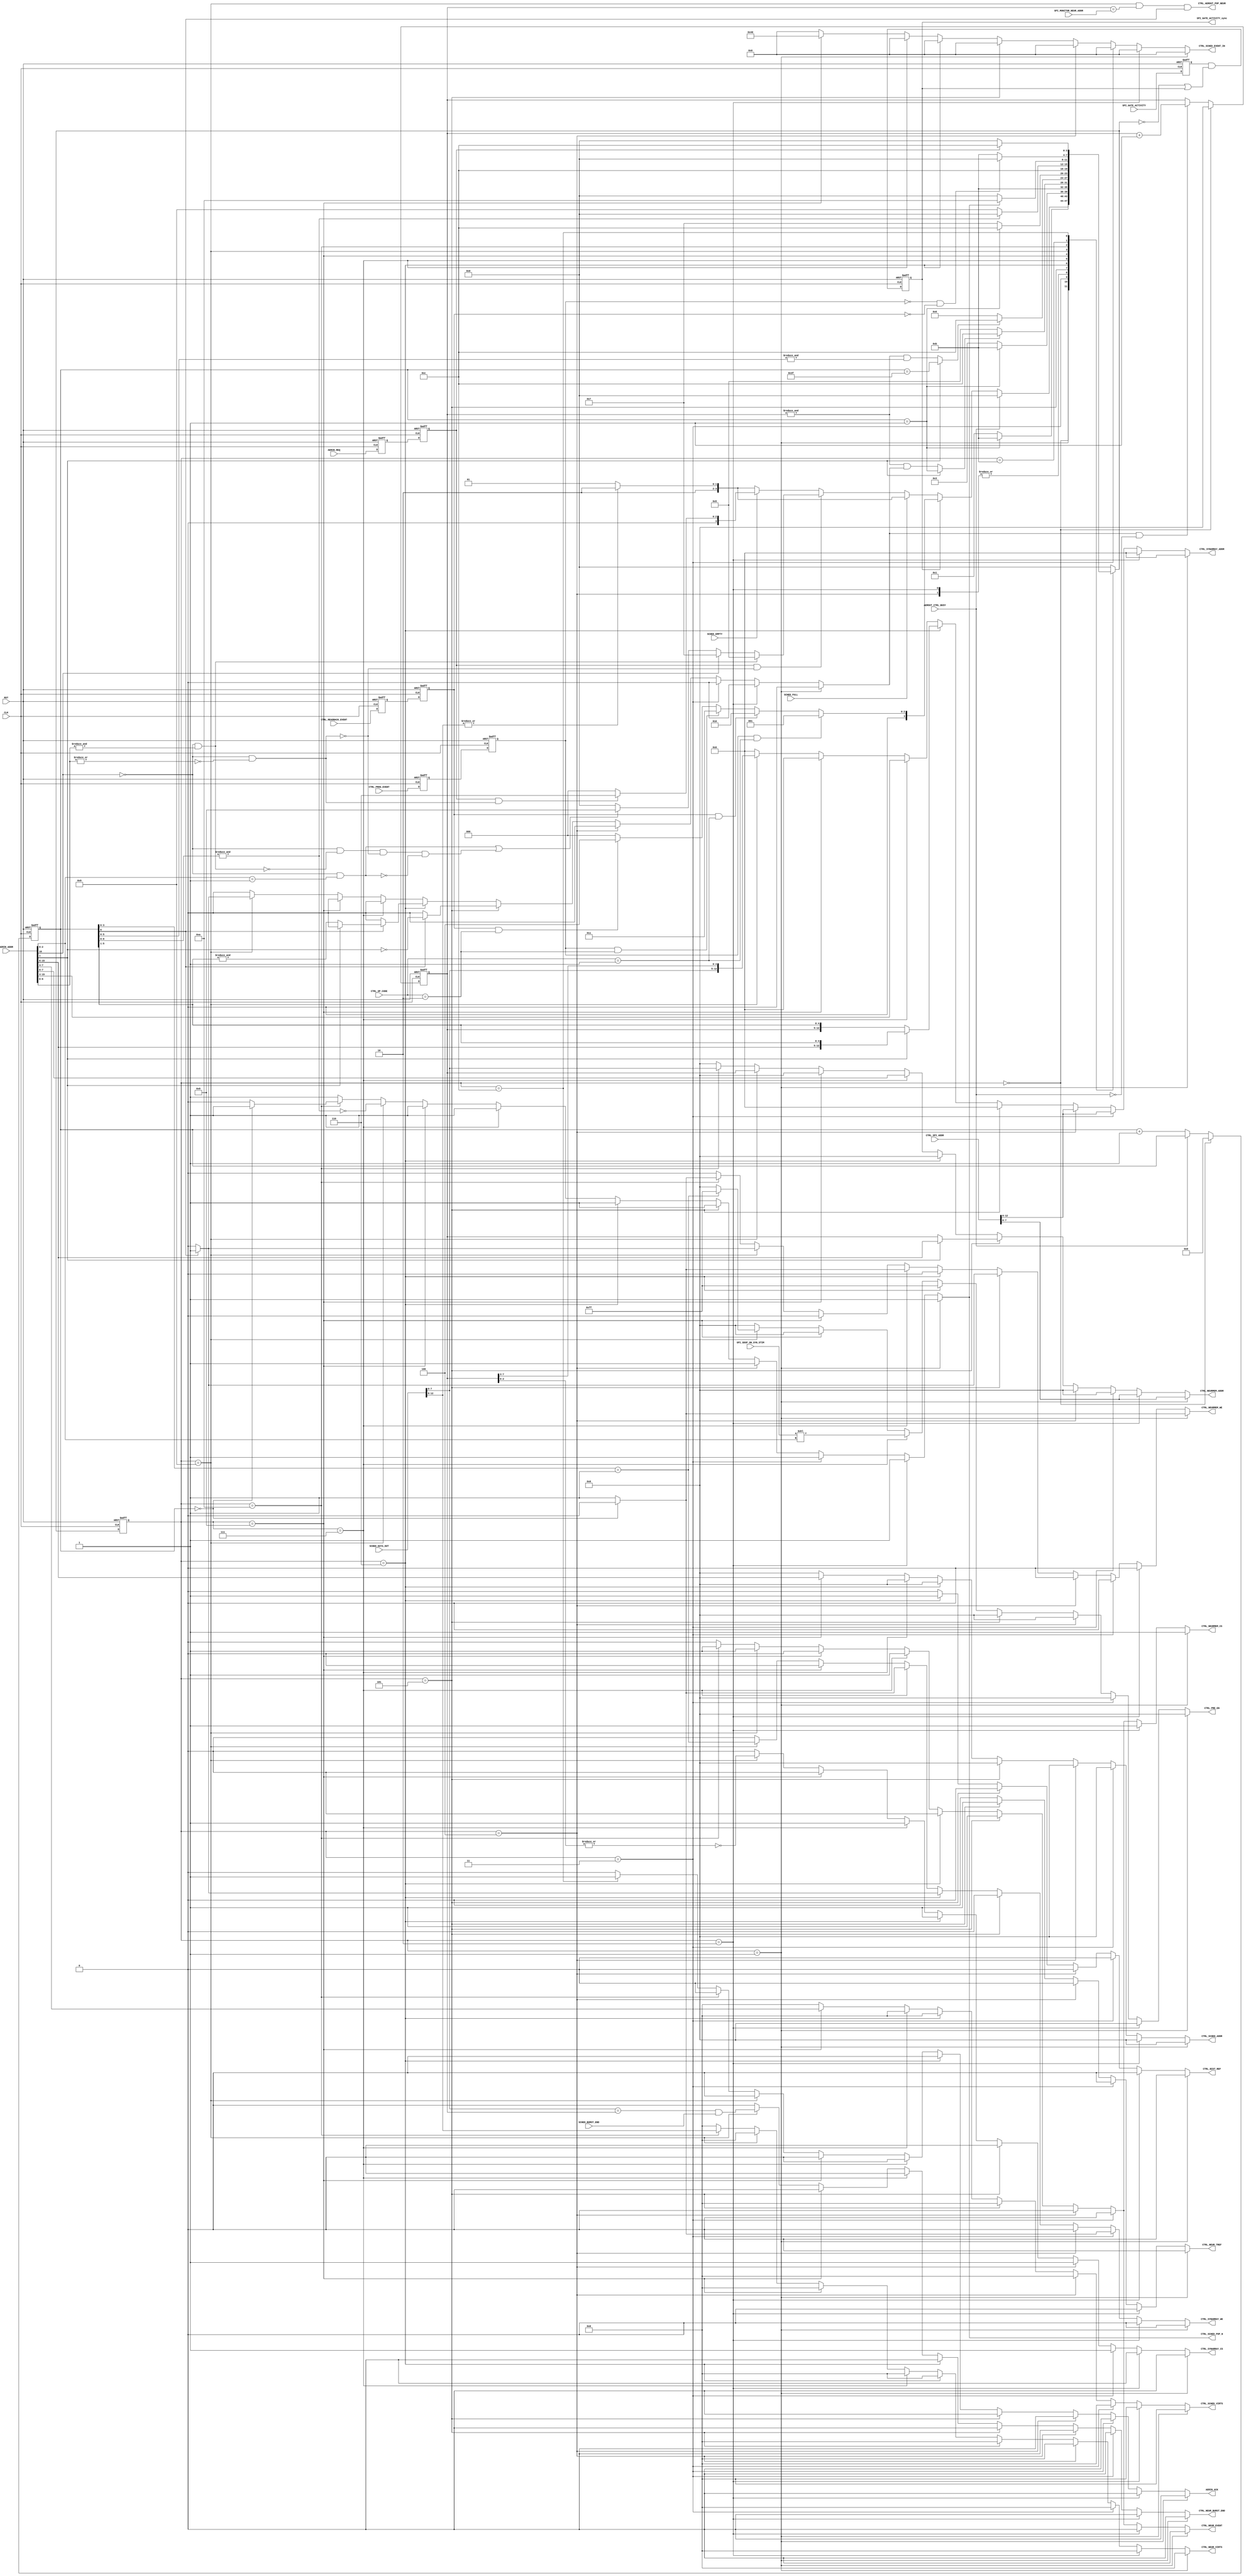
// Copyright (C) 2016-2019 Universit catholique de Louvain (UCLouvain), Belgium.
// Copyright and related rights are licensed under the Solderpad Hardware
// License, Version 2.0 (the "License"); you may not use this file except in
// compliance with the License.  You may obtain a copy of the License at
// http://solderpad.org/licenses/SHL-2.0/. The software, hardware and materials
// distributed under this License are provided in the hope that it will be useful
// on an as is basis, without warranties or conditions of any kind, either
// expressed or implied; without even the implied warranty of merchantability or
// fitness for a particular purpose. See the Solderpad Hardware License for more
// detailed permissions and limitations.
//------------------------------------------------------------------------------
//
// "controller.v" - ODIN controller module
// 
// Project: ODIN - An online-learning digital spiking neuromorphic processor
//
//
// Cite/paper: C. Frenkel, M. Lefebvre, J.-D. Legat and D. Bol, "A 0.086-mm 12.7-pJ/SOP 64k-Synapse 256-Neuron Online-Learning
//             Digital Spiking Neuromorphic Processor in 28-nm CMOS," IEEE Transactions on Biomedical Circuits and Systems,
//             vol. 13, no. 1, pp. 145-158, 2019.
//
//------------------------------------------------------------------------------


module controller #(
    parameter N = 256,
    parameter M = 8
)(    

    // Global inputs ------------------------------------------
    input  wire           CLK,
    input  wire           RST,
    
    // Inputs from AER ----------------------------------------
    input  wire   [2*M:0] AERIN_ADDR,
    input  wire           AERIN_REQ,
    output reg            AERIN_ACK,
    
    // Control interface for readback -------------------------
    input  wire           CTRL_READBACK_EVENT,
    input  wire           CTRL_PROG_EVENT,
    input  wire [2*M-1:0] CTRL_SPI_ADDR,
    input  wire     [1:0] CTRL_OP_CODE,
    
    // Inputs from SPI configuration registers ----------------
    input  wire           SPI_GATE_ACTIVITY, 
    output reg            SPI_GATE_ACTIVITY_sync,
    input  wire [  M-1:0] SPI_MONITOR_NEUR_ADDR,
	input  wire           SPI_SDSP_ON_SYN_STIM,
    
    // Inputs from scheduler ----------------------------------
    input  wire           SCHED_EMPTY,
    input  wire           SCHED_FULL,
    input  wire           SCHED_BURST_END,
    input  wire    [12:0] SCHED_DATA_OUT,
    
    // Input from AER output ----------------------------------
    input  wire           AEROUT_CTRL_BUSY,
    
    // Outputs to synaptic core -------------------------------
    output reg    [  7:0] CTRL_PRE_EN,
    output reg            CTRL_BIST_REF,
    output reg            CTRL_SYNARRAY_WE,
    output reg            CTRL_NEURMEM_WE,
    output reg    [ 12:0] CTRL_SYNARRAY_ADDR, 
    output reg    [M-1:0] CTRL_NEURMEM_ADDR,
    output reg            CTRL_SYNARRAY_CS,
    output reg            CTRL_NEURMEM_CS,
    
    // Outputs to neurons -------------------------------------
    output reg            CTRL_NEUR_EVENT, 
    output reg            CTRL_NEUR_TREF,
    output reg      [4:0] CTRL_NEUR_VIRTS,
    output reg            CTRL_NEUR_BURST_END,
    
    // Outputs to scheduler -----------------------------------
    output reg            CTRL_SCHED_POP_N,
    output reg    [M-1:0] CTRL_SCHED_ADDR,
    output reg    [  6:0] CTRL_SCHED_EVENT_IN,
    output reg    [  4:0] CTRL_SCHED_VIRTS,
    
    // Output to AER output -----------------------------------
    output wire           CTRL_AEROUT_POP_NEUR
);
    
	//----------------------------------------------------------------------------------
	//	PARAMETERS 
	//----------------------------------------------------------------------------------

	// FSM states 
	localparam WAIT       = 4'd0; 
    localparam W_NEUR     = 4'd1;
    localparam R_NEUR     = 4'd2;
    localparam W_SYN      = 4'd3;
    localparam R_SYN      = 4'd4;
	localparam TREF       = 4'd5;
	localparam BIST       = 4'd6;
    localparam SYNAPSE    = 4'd7;
    localparam PUSH       = 4'd8;
	localparam POP_NEUR   = 4'd9;
    localparam POP_VIRT   = 4'd10;
    localparam WAIT_SPIDN = 4'd11;
    localparam WAIT_REQDN = 4'd12;

	//----------------------------------------------------------------------------------
	//	REGS & WIRES
	//----------------------------------------------------------------------------------
    
    reg          AERIN_REQ_sync_int, AERIN_REQ_sync;
    reg          SPI_GATE_ACTIVITY_sync_int;
    reg          CTRL_READBACK_EVENT_sync_int, CTRL_READBACK_EVENT_sync;
    reg          CTRL_PROG_EVENT_sync_int, CTRL_PROG_EVENT_sync;

    wire         synapse_event, tref_event, bist_event, virt_event, neuron_event;
    
    reg  [ 31:0] ctrl_cnt;
    reg  [  7:0] neur_cnt;
    reg          neur_cnt_inc;
    
    reg  [  3:0] state, nextstate;
    
	//----------------------------------------------------------------------------------
	//	EVENT TYPE DECODING
	//----------------------------------------------------------------------------------

    assign synapse_event  =                     AERIN_ADDR[2*M];
    assign tref_event     = !synapse_event &&  &AERIN_ADDR[M-2:0];
    assign bist_event     = !synapse_event && ~|AERIN_ADDR[M-2:0];
    assign virt_event     = !synapse_event &&  (AERIN_ADDR[2:0] == 3'b001);
    assign neuron_event   = !synapse_event && !tref_event && !bist_event && !virt_event;

	//----------------------------------------------------------------------------------
	//	SYNC BARRIERS FROM AER AND FROM SPI
	//----------------------------------------------------------------------------------
    
   always @(posedge CLK, posedge RST) begin
		if(RST) begin
			AERIN_REQ_sync_int           <= 1'b0;
			AERIN_REQ_sync	             <= 1'b0;
            SPI_GATE_ACTIVITY_sync_int   <= 1'b0;
            SPI_GATE_ACTIVITY_sync       <= 1'b0;
            CTRL_READBACK_EVENT_sync_int <= 1'b0;
            CTRL_READBACK_EVENT_sync     <= 1'b0;
            CTRL_PROG_EVENT_sync_int     <= 1'b0;
            CTRL_PROG_EVENT_sync         <= 1'b0;
		end
		else begin
			AERIN_REQ_sync_int           <= AERIN_REQ;
			AERIN_REQ_sync	             <= AERIN_REQ_sync_int;
            SPI_GATE_ACTIVITY_sync_int   <= SPI_GATE_ACTIVITY;
            SPI_GATE_ACTIVITY_sync       <= SPI_GATE_ACTIVITY_sync_int & ((nextstate == WAIT) | SPI_GATE_ACTIVITY_sync);
            CTRL_READBACK_EVENT_sync_int <= CTRL_READBACK_EVENT;
            CTRL_READBACK_EVENT_sync     <= CTRL_READBACK_EVENT_sync_int;
            CTRL_PROG_EVENT_sync_int     <= CTRL_PROG_EVENT;
            CTRL_PROG_EVENT_sync         <= CTRL_PROG_EVENT_sync_int;
		end
	end
    
	//----------------------------------------------------------------------------------
	//	CONTROL FSM
	//----------------------------------------------------------------------------------
    
    // State register
	always @(posedge CLK, posedge RST)
	begin
		if   (RST) state <= WAIT;
		else       state <= nextstate;
	end
    
	// Next state logic
	always @(*)
		case(state)
			WAIT 		:	if      (AEROUT_CTRL_BUSY)                                                          nextstate = WAIT;
                            else if (SPI_GATE_ACTIVITY_sync)
                                if      (CTRL_PROG_EVENT_sync     && (CTRL_OP_CODE == 2'b01))                   nextstate = W_NEUR;
                                else if (CTRL_READBACK_EVENT_sync && (CTRL_OP_CODE == 2'b01))                   nextstate = R_NEUR;
                                else if (CTRL_PROG_EVENT_sync     && (CTRL_OP_CODE == 2'b10))                   nextstate = W_SYN;
                                else if (CTRL_READBACK_EVENT_sync && (CTRL_OP_CODE == 2'b10))                   nextstate = R_SYN;
                                else                                                                            nextstate = WAIT;
                            else
                                if (SCHED_FULL)
                                    if      (|SCHED_DATA_OUT[12:8])                                             nextstate = POP_VIRT;
                                    else                                                                        nextstate = POP_NEUR;
                                else if (AERIN_REQ_sync && !bist_event)
                                    if      (tref_event)                                                        nextstate = TREF;
                                    else if (synapse_event)                                                     nextstate = SYNAPSE;
                                    else if (virt_event | neuron_event)                                         nextstate = PUSH;
                                    else                                                                        nextstate = WAIT;
                                else if (~SCHED_EMPTY)
                                    if      (|SCHED_DATA_OUT[12:8])                                             nextstate = POP_VIRT;
                                    else                                                                        nextstate = POP_NEUR;
                                else if (AERIN_REQ_sync && bist_event)                                          nextstate = BIST;
                                else                                                                            nextstate = WAIT;
			W_NEUR    	:   if      (ctrl_cnt == 32'd1 )                                                        nextstate = WAIT_SPIDN;
							else					                                                            nextstate = W_NEUR;
			R_NEUR    	:                                                                                       nextstate = WAIT_SPIDN;
			W_SYN    	:   if      (ctrl_cnt == 32'd1 )                                                        nextstate = WAIT_SPIDN;
							else					                                                            nextstate = W_SYN;
			R_SYN    	:                                                                                       nextstate = WAIT_SPIDN;
			TREF    	:   if      (AERIN_ADDR[M-1] ? (ctrl_cnt == 32'd1) : (&neur_cnt && neur_cnt_inc))       nextstate = WAIT_REQDN;
							else					                                                            nextstate = TREF;
            BIST        :   if      (AERIN_ADDR[M-1] ? (ctrl_cnt == 32'h3F) : (&neur_cnt && &ctrl_cnt[5:0]))    nextstate = WAIT_REQDN;
                            else					                                                            nextstate = BIST;
            SYNAPSE     :   if      (ctrl_cnt == 32'd1)                                                         nextstate = WAIT_REQDN;
                            else					                                                            nextstate = SYNAPSE;
            PUSH        :                                                                                       nextstate = WAIT_REQDN;
			POP_NEUR    :   if      (&ctrl_cnt[8:0])                                                            nextstate = WAIT;
							else					                                                            nextstate = POP_NEUR;                
			POP_VIRT    :   if      (~CTRL_SCHED_POP_N)                                                         nextstate = WAIT;
							else					                                                            nextstate = POP_VIRT;
			WAIT_SPIDN 	:   if      (~CTRL_PROG_EVENT_sync && ~CTRL_READBACK_EVENT_sync)                        nextstate = WAIT;
							else					                                                            nextstate = WAIT_SPIDN;
			WAIT_REQDN 	:   if      (~AERIN_REQ_sync)                                                           nextstate = WAIT;
							else					                                                            nextstate = WAIT_REQDN;
			default		:							                                                            nextstate = WAIT;
		endcase 
        
    // Control counter
	always @(posedge CLK, posedge RST)
		if      (RST)               ctrl_cnt <= 32'd0;
        else if (state == WAIT)     ctrl_cnt <= 32'd0;
		else if (!AEROUT_CTRL_BUSY) ctrl_cnt <= ctrl_cnt + 32'd1;
        else                        ctrl_cnt <= ctrl_cnt;
        
    // Time-multiplexed neuron counter
	always @(posedge CLK, posedge RST)
		if      (RST)                                neur_cnt <= 8'd0;
        else if (state == WAIT)                      neur_cnt <= 8'd0;
		else if (neur_cnt_inc && !AEROUT_CTRL_BUSY)  neur_cnt <= neur_cnt + 8'd1;
        else                                         neur_cnt <= neur_cnt;
        
    assign CTRL_AEROUT_POP_NEUR = (state == POP_NEUR) && (neur_cnt == SPI_MONITOR_NEUR_ADDR) && ctrl_cnt[0];
 
 
 
    // Output logic      
    always @(*) begin
    
        if (state == W_NEUR) begin 
            CTRL_SYNARRAY_ADDR  = 13'b0;
            CTRL_SYNARRAY_CS    = 1'b0;
            CTRL_SYNARRAY_WE    = 1'b0;
            CTRL_NEUR_VIRTS     = 5'b0;
            CTRL_NEUR_BURST_END = 1'b0;
            CTRL_NEUR_EVENT     = 1'b0;
            CTRL_NEUR_TREF      = 1'b0;
            CTRL_PRE_EN         = 8'b0;
            CTRL_BIST_REF       = 1'b0;
            CTRL_SCHED_VIRTS    = 5'b0;
            CTRL_SCHED_ADDR     = 8'b0;
            CTRL_SCHED_EVENT_IN = 7'b0;
            CTRL_SCHED_POP_N    = 1'b1;
            AERIN_ACK           = 1'b0;
            neur_cnt_inc        = 1'b0;  
            
            CTRL_NEURMEM_ADDR   = CTRL_SPI_ADDR[M-1:0];
            CTRL_NEURMEM_CS     = 1'b1;
            if (ctrl_cnt == 32'd0) begin
                CTRL_NEURMEM_WE = 1'b0;
            end else begin
                CTRL_NEURMEM_WE = 1'b1;
            end 
            
        end else if (state == R_NEUR) begin
            CTRL_SYNARRAY_ADDR  = 13'b0;
            CTRL_SYNARRAY_CS    = 1'b0;
            CTRL_SYNARRAY_WE    = 1'b0;
            CTRL_NEUR_VIRTS     = 5'b0;
            CTRL_NEUR_BURST_END = 1'b0;
            CTRL_NEUR_EVENT     = 1'b0;
            CTRL_NEUR_TREF      = 1'b0;
            CTRL_PRE_EN         = 8'b0;
            CTRL_BIST_REF       = 1'b0;
            CTRL_SCHED_VIRTS    = 5'b0;
            CTRL_SCHED_ADDR     = 8'b0;
            CTRL_SCHED_EVENT_IN = 7'b0;
            CTRL_SCHED_POP_N    = 1'b1;
            AERIN_ACK           = 1'b0;
            neur_cnt_inc        = 1'b0;  
            
            CTRL_NEURMEM_ADDR   = CTRL_SPI_ADDR[M-1:0];
            CTRL_NEURMEM_CS     = 1'b1;
            CTRL_NEURMEM_WE     = 1'b0; 
            
        end else if (state == W_SYN) begin
            CTRL_NEURMEM_ADDR   = 8'b0;
            CTRL_NEURMEM_CS     = 1'b0;
            CTRL_NEURMEM_WE     = 1'b0;
            CTRL_NEUR_VIRTS     = 5'b0;
            CTRL_NEUR_BURST_END = 1'b0;
            CTRL_NEUR_EVENT     = 1'b0;
            CTRL_NEUR_TREF      = 1'b0;
            CTRL_PRE_EN         = 8'b0;
            CTRL_BIST_REF       = 1'b0;
            CTRL_SCHED_VIRTS    = 5'b0;
            CTRL_SCHED_ADDR     = 8'b0;
            CTRL_SCHED_EVENT_IN = 7'b0;
            CTRL_SCHED_POP_N    = 1'b1;
            AERIN_ACK           = 1'b0;
            neur_cnt_inc        = 1'b0;  
            
            CTRL_SYNARRAY_ADDR  = CTRL_SPI_ADDR[12:0];
            CTRL_SYNARRAY_CS    = 1'b1;
            if (ctrl_cnt == 32'd0) begin
                CTRL_SYNARRAY_WE = 1'b0;
            end else begin
                CTRL_SYNARRAY_WE = 1'b1;
            end 
            
        end else if (state == R_SYN) begin  
            CTRL_NEURMEM_ADDR   = 8'b0;
            CTRL_NEURMEM_CS     = 1'b0;
            CTRL_NEURMEM_WE     = 1'b0;
            CTRL_NEUR_VIRTS     = 5'b0;
            CTRL_NEUR_BURST_END = 1'b0;
            CTRL_NEUR_EVENT     = 1'b0;
            CTRL_NEUR_TREF      = 1'b0;
            CTRL_PRE_EN         = 8'b0;
            CTRL_BIST_REF       = 1'b0;
            CTRL_SCHED_VIRTS    = 5'b0;
            CTRL_SCHED_ADDR     = 8'b0;
            CTRL_SCHED_EVENT_IN = 7'b0;
            CTRL_SCHED_POP_N    = 1'b1;
            AERIN_ACK           = 1'b0;
            neur_cnt_inc        = 1'b0;  
            
            CTRL_SYNARRAY_ADDR   = CTRL_SPI_ADDR[12:0];
            CTRL_SYNARRAY_CS     = 1'b1;
            CTRL_SYNARRAY_WE     = 1'b0;
            
        end else if (state == TREF) begin
            CTRL_SYNARRAY_ADDR  = 13'b0;
            CTRL_SYNARRAY_CS    = 1'b0;
            CTRL_SYNARRAY_WE    = 1'b0;
            CTRL_NEUR_VIRTS     = 5'b0;
            CTRL_NEUR_BURST_END = 1'b0;
            CTRL_PRE_EN         = 8'b0;
            CTRL_BIST_REF       = 1'b0;
            CTRL_SCHED_VIRTS    = 5'b0;
            CTRL_SCHED_ADDR     = 8'b0;
            CTRL_SCHED_EVENT_IN = 7'b0;
            CTRL_SCHED_POP_N    = 1'b1;
            AERIN_ACK           = 1'b0;
            
            CTRL_NEURMEM_ADDR   = AERIN_ADDR[M-1] ? AERIN_ADDR[2*M-1:M] : neur_cnt;
            CTRL_NEUR_EVENT     = 1'b1;
            CTRL_NEUR_TREF      = 1'b1;
            CTRL_NEURMEM_CS     = 1'b1;
            if (ctrl_cnt[0] == 1'd0) begin
                CTRL_NEURMEM_WE = 1'b0;
                neur_cnt_inc    = 1'b0;
            end else begin
                CTRL_NEURMEM_WE = 1'b1;
                neur_cnt_inc    = ~AERIN_ADDR[M-1];
            end
            
        end else if (state == BIST) begin
            CTRL_NEURMEM_ADDR   = 8'b0;
            CTRL_NEURMEM_CS     = 1'b0;
            CTRL_NEURMEM_WE     = 1'b0;
            CTRL_NEUR_VIRTS     = 5'b0;
            CTRL_NEUR_BURST_END = 1'b0;
            CTRL_NEUR_EVENT     = 1'b0;
            CTRL_NEUR_TREF      = 1'b0;
            CTRL_SCHED_VIRTS    = 5'b0;
            CTRL_SCHED_ADDR     = 8'b0;
            CTRL_SCHED_EVENT_IN = 7'b0;
            CTRL_SCHED_POP_N    = 1'b1;
            AERIN_ACK           = 1'b0;
            
            CTRL_SYNARRAY_ADDR  = AERIN_ADDR[M-1] ? {AERIN_ADDR[2*M-1:M],ctrl_cnt[5:1]} : {neur_cnt,ctrl_cnt[5:1]};
            CTRL_PRE_EN         = 8'hFF;
            CTRL_BIST_REF       = 1'b1;
            CTRL_SYNARRAY_CS    = 1'b1;
            if (ctrl_cnt[0] == 1'd0) begin
                CTRL_SYNARRAY_WE = 1'b0;
                neur_cnt_inc     = 1'b0;
            end else begin
                CTRL_SYNARRAY_WE = 1'b1;
                neur_cnt_inc     = AERIN_ADDR[M-1] ? 1'b0 : &ctrl_cnt[5:1];
            end 
            
        end else if (state == SYNAPSE) begin 
            CTRL_NEUR_VIRTS     = 5'b0;
            CTRL_NEUR_BURST_END = 1'b0;
            CTRL_NEUR_TREF      = 1'b0;
            CTRL_BIST_REF       = 1'b0;
            CTRL_SCHED_VIRTS    = 5'b0;
            CTRL_SCHED_ADDR     = 8'b0;
            CTRL_SCHED_EVENT_IN = 7'b0;
            CTRL_SCHED_POP_N    = 1'b1;
            AERIN_ACK           = 1'b0;
            neur_cnt_inc        = 1'b0;
            
            CTRL_SYNARRAY_ADDR  = AERIN_ADDR[2*M-1:3];
            CTRL_NEURMEM_ADDR   = AERIN_ADDR[M-1:0];
            CTRL_PRE_EN         = {7'b0, SPI_SDSP_ON_SYN_STIM} << AERIN_ADDR[2:0];
            CTRL_NEUR_EVENT     = 1'b1;
            CTRL_SYNARRAY_CS    = 1'b1;
            CTRL_NEURMEM_CS     = 1'b1;
            if (ctrl_cnt == 32'd0) begin
                CTRL_SYNARRAY_WE = 1'b0;
                CTRL_NEURMEM_WE  = 1'b0;
            end else begin
                CTRL_SYNARRAY_WE = 1'b1;
                CTRL_NEURMEM_WE  = 1'b1;
            end
        
        end else if (state == PUSH) begin
            CTRL_SYNARRAY_ADDR  = 13'b0;
            CTRL_SYNARRAY_CS    = 1'b0;
            CTRL_SYNARRAY_WE    = 1'b0;
            CTRL_NEURMEM_ADDR   = 8'b0;
            CTRL_NEURMEM_CS     = 1'b0;
            CTRL_NEURMEM_WE     = 1'b0;
            CTRL_NEUR_VIRTS     = 5'b0;
            CTRL_NEUR_BURST_END = 1'b0;
            CTRL_NEUR_EVENT     = 1'b0;
            CTRL_NEUR_TREF      = 1'b0;
            CTRL_PRE_EN         = 8'b0;
            CTRL_BIST_REF       = 1'b0;
            CTRL_SCHED_POP_N    = 1'b1;
            AERIN_ACK           = 1'b0;
            neur_cnt_inc        = 1'b0;
            
            CTRL_SCHED_VIRTS    = AERIN_ADDR[M-1:M-5];
            CTRL_SCHED_ADDR     = AERIN_ADDR[2*M-1:M];
            CTRL_SCHED_EVENT_IN = 7'h40;

        end else if (state == POP_NEUR) begin  
            CTRL_NEUR_VIRTS     = 5'b0;
            CTRL_NEUR_TREF      = 1'b0;
            CTRL_BIST_REF       = 1'b0;
            CTRL_SCHED_VIRTS    = 5'b0;
            CTRL_SCHED_ADDR     = 8'b0;
            CTRL_SCHED_EVENT_IN = 7'b0;
            AERIN_ACK           = 1'b0;
            
            CTRL_SYNARRAY_ADDR  = {SCHED_DATA_OUT[M-1:0],neur_cnt[7:3]};
            CTRL_PRE_EN         = (ctrl_cnt[3:0] == 4'b0001) ? 8'hFF : 8'b0;
            CTRL_SYNARRAY_CS    = ~|neur_cnt[2:0];
            CTRL_SYNARRAY_WE    = (ctrl_cnt[3:0] == 4'b0001);
            CTRL_NEURMEM_ADDR   = neur_cnt;  
            CTRL_NEUR_BURST_END = (SCHED_DATA_OUT[M-1:0] == neur_cnt) && SCHED_BURST_END;
            CTRL_SCHED_POP_N    = ~&ctrl_cnt[8:0];
            CTRL_NEUR_EVENT     = 1'b1;
            CTRL_NEURMEM_CS     = 1'b1;
            if (ctrl_cnt[0] == 1'b0) begin
                CTRL_NEURMEM_WE = 1'b0;
                neur_cnt_inc    = 1'b0;
            end else begin
                CTRL_NEURMEM_WE = 1'b1;
                neur_cnt_inc    = 1'b1;    
            end 
        
        end else if (state == POP_VIRT) begin  
            CTRL_SYNARRAY_ADDR  = 13'b0;
            CTRL_SYNARRAY_CS    = 1'b0;
            CTRL_SYNARRAY_WE    = 1'b0;
            CTRL_NEUR_BURST_END = 1'b0;
            CTRL_NEUR_TREF      = 1'b0;
            CTRL_PRE_EN         = 8'b0;
            CTRL_BIST_REF       = 1'b0;
            CTRL_SCHED_VIRTS    = 5'b0;
            CTRL_SCHED_ADDR     = 8'b0;
            CTRL_SCHED_EVENT_IN = 7'b0;
            AERIN_ACK           = 1'b0;
            neur_cnt_inc        = 1'b0;
            
            CTRL_NEURMEM_ADDR   = SCHED_DATA_OUT[M-1:0];
            CTRL_NEUR_VIRTS     = SCHED_DATA_OUT[ 12:M];
            CTRL_NEUR_EVENT     = 1'b1;
            CTRL_NEURMEM_CS     = 1'b1;
            if (ctrl_cnt == 32'd0) begin
                CTRL_NEURMEM_WE  = 1'b0;
                CTRL_SCHED_POP_N = 1'b1;
            end else begin
                CTRL_NEURMEM_WE  = 1'b1;
                CTRL_SCHED_POP_N = 1'b0;
            end
        
        end else if (state == WAIT_REQDN) begin
            CTRL_SYNARRAY_ADDR  = 13'b0;
            CTRL_SYNARRAY_CS    = 1'b0;
            CTRL_SYNARRAY_WE    = 1'b0;
            CTRL_NEURMEM_ADDR   = 8'b0;
            CTRL_NEURMEM_CS     = 1'b0;
            CTRL_NEURMEM_WE     = 1'b0;
            CTRL_NEUR_VIRTS     = 5'b0;
            CTRL_NEUR_BURST_END = 1'b0;
            CTRL_NEUR_EVENT     = 1'b0;
            CTRL_NEUR_TREF      = 1'b0;
            CTRL_PRE_EN         = 8'b0;
            CTRL_BIST_REF       = 1'b0;
            CTRL_SCHED_VIRTS    = 5'b0;
            CTRL_SCHED_ADDR     = 8'b0;
            CTRL_SCHED_EVENT_IN = 7'b0;
            CTRL_SCHED_POP_N    = 1'b1;
            neur_cnt_inc        = 1'b0;
            
            AERIN_ACK           = 1'b1;

        end else begin
            CTRL_SYNARRAY_ADDR  = 13'b0;
            CTRL_SYNARRAY_CS    = 1'b0;
            CTRL_SYNARRAY_WE    = 1'b0;
            CTRL_NEURMEM_ADDR   = 8'b0;
            CTRL_NEURMEM_CS     = 1'b0;
            CTRL_NEURMEM_WE     = 1'b0;
            CTRL_NEUR_VIRTS     = 5'b0;
            CTRL_NEUR_BURST_END = 1'b0;
            CTRL_NEUR_EVENT     = 1'b0;
            CTRL_NEUR_TREF      = 1'b0;
            CTRL_PRE_EN         = 8'b0;
            CTRL_BIST_REF       = 1'b0;
            CTRL_SCHED_VIRTS    = 5'b0;
            CTRL_SCHED_ADDR     = 8'b0;
            CTRL_SCHED_EVENT_IN = 7'b0;
            CTRL_SCHED_POP_N    = 1'b1;
            AERIN_ACK           = 1'b0;
            neur_cnt_inc        = 1'b0;
        end
    end

    
endmodule